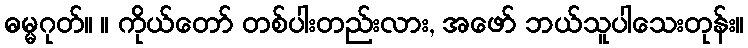
ဓမ္မဂုတ်။ ။ ကိုယ်တော် တစ်ပါးတည်းလား, အဖော် ဘယ်သူပါသေးတုန်း။